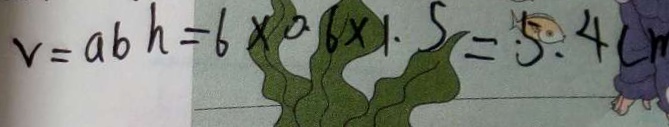
v = a b h = 6 \times 0 . 6 \times 1 . 5 = 5 . 4 c m